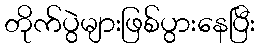
တိုက်ပွဲများဖြစ်ပွားနေပြီး